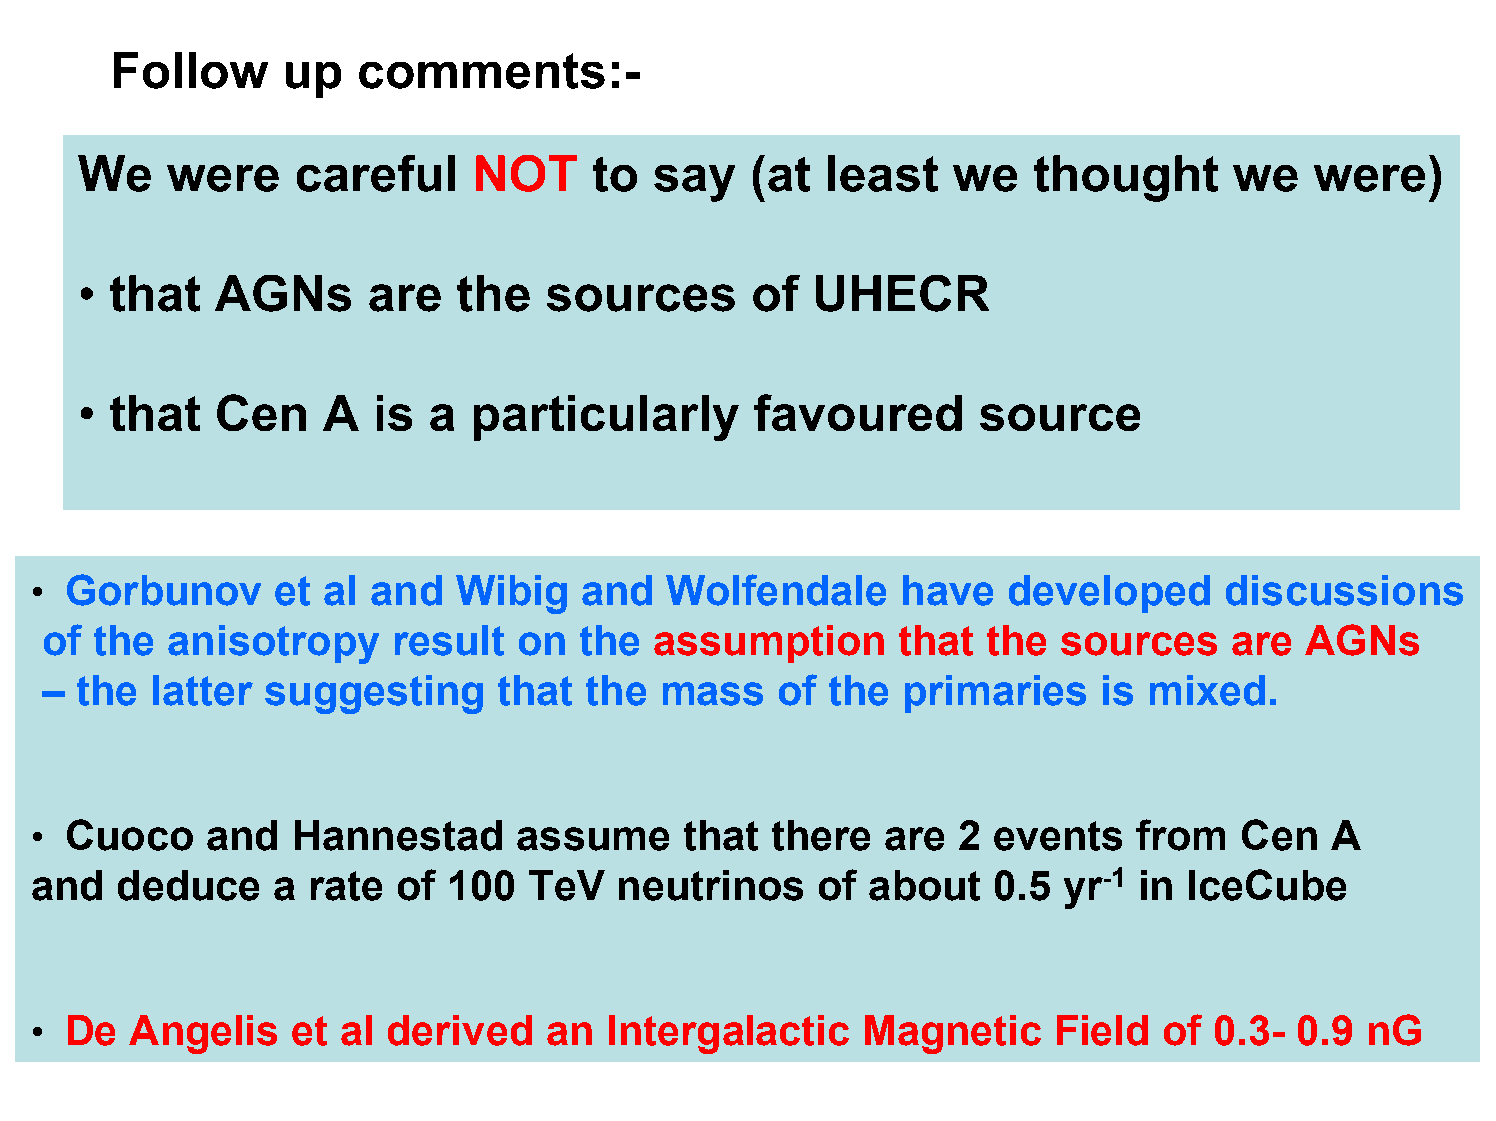
Follow      up   comments:-
 We    were     careful    NOT     to  say    (at  least   we   thought       we   were)
 • that   AGNs      are   the   sources       of  UHECR
 • that   Cen    A   is a  particularly       favoured       source
 • Gorbunov      et  al and  Wibig    and  Wolfendale      have   developed     discussions
 of the  anisotropy     result  on  the  assumption       that the  sources     are  AGNs
 – the  latter  suggesting     that  the  mass    of the  primaries    is mixed.
 • Cuoco     and  Hannestad      assume     that  there   are  2 events   from   Cen   A
 and   deduce    a  rate of  100  TeV   neutrinos    of  about   0.5 yr-1 in  IceCube
 • De   Angelis   et  al derived   an  Intergalactic    Magnetic     Field  of 0.3-  0.9  nG
 51